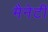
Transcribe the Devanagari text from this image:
मैनेटी